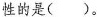
性的是()。